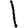
Digit: 1